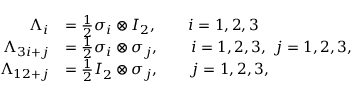
\begin{array} { r l } { \Lambda _ { i } } & { = \frac { 1 } { 2 } \sigma _ { i } \otimes \boldsymbol { I } _ { 2 } , \qquad i = 1 , 2 , 3 } \\ { \Lambda _ { 3 i + j } } & { = \frac { 1 } { 2 } \sigma _ { i } \otimes \sigma _ { j } , \qquad i = 1 , 2 , 3 , \ j = 1 , 2 , 3 , } \\ { \Lambda _ { 1 2 + j } } & { = \frac { 1 } { 2 } \boldsymbol { I } _ { 2 } \otimes \sigma _ { j } , \qquad j = 1 , 2 , 3 , } \end{array}